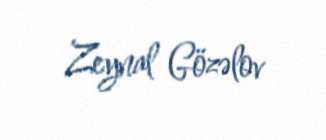
Zeynal Gözəlov